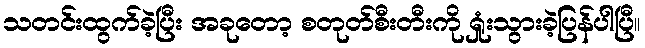
သတင်းထွက်ခဲ့ပြီး အခုတော့ စတုတ်စီးတီးကို ရှုံးသွားခဲ့ပြန်ပါပြီ။